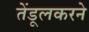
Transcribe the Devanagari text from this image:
तेंडूलकरने